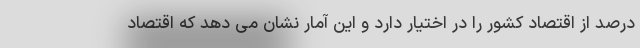
درصد از اقتصاد کشور را در اختیار دارد و این آمار نشان می دهد که اقتصاد